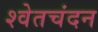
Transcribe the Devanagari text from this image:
श्‍वेतचंदन